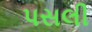
પસલી